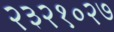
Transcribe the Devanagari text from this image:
२३२१०२७